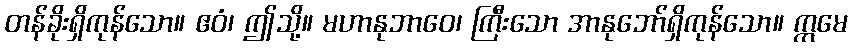
တန်ခိုးရှိကုန်သော။ ဧဝံ၊ ဤသို့။ မဟာနုဘာဝေ၊ ကြီးသော အာနုဘော်ရှိကုန်သော။ ဣမေ